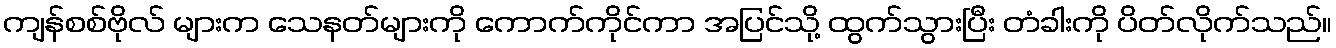
ကျန်စစ်ဗိုလ် များက သေနတ်များကို ကောက်ကိုင်ကာ အပြင်သို့ ထွက်သွားပြီး တံခါးကို ပိတ်လိုက်သည်။